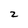
Character: 2